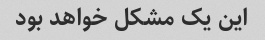
این یک مشکل خواهد بود